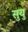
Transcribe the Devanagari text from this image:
सुयु